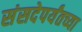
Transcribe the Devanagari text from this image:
संसदेपर्यंतच्या